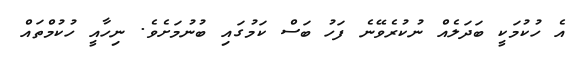
އެ ހުކުމަކީ ބަދަލެއް ނުކުރެވޭނެ ފަހު ބަސް ކަމުގައި ބުނުމަށެވެ. ނިހާއީ ހުކުމްތައް